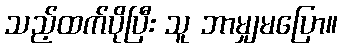
သည့်ထက်ပိုပြီး သူ ဘာမျှမပြော။